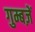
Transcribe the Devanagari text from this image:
गुम्बज़ें